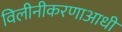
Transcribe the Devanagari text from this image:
विलीनीकरणाआधी